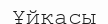
Ұйқасы